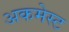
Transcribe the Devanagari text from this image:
अकमेस्ट